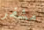
مشفر